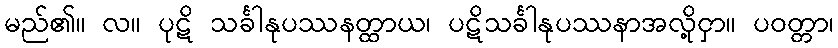
မည်၏။ လ။ ပုဋိ သင်္ခါနုပဿနတ္ထာယ၊ ပဋိသင်္ခါနုပဿနာအလို့ငှာ။ ပဝတ္တာ၊